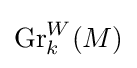
{\text{Gr}}_{k}^{W}(M)